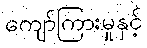
ကျော်ကြားမှုနှင့်